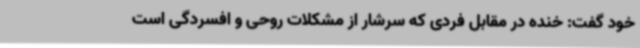
خود گفت: خنده در مقابل فردی که سرشار از مشکلات روحی و افسردگی است